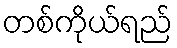
တစ်ကိုယ်ရည်